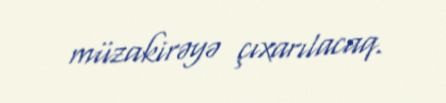
müzakirəyə çıxarılacaq.